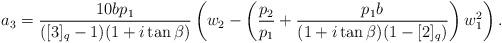
LaTeX: \begin{align*}a_{3} = \frac{10bp_1}{([3]_{q}-1)(1+i\tan\beta)} \left(w_{2}-\left(\frac{p_2}{p_1} +\frac{p_1b}{(1+i\tan\beta)(1-[2]_{q})}\right)w_{1}^{2}\right).\end{align*}